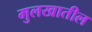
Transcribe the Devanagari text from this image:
मुलखातील